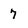
Character: 7